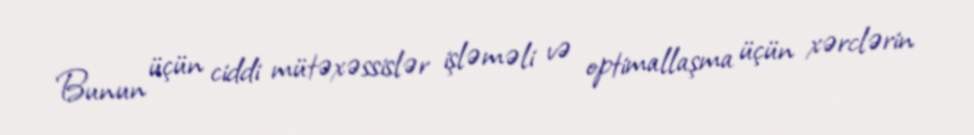
Bunun üçün ciddi mütəxəssislər işləməli və optimallaşma üçün xərclərin